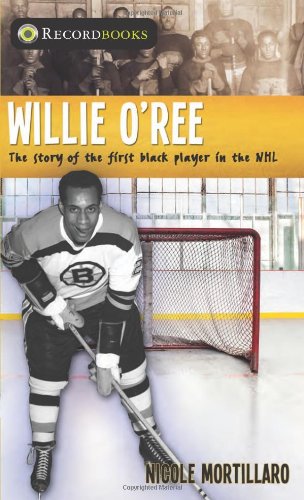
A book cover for Willie O'Ree: The Story of the First Black Player in the NHL (Lorimer Recordbooks); Nicole Mortillaro; Teen & Young Adult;